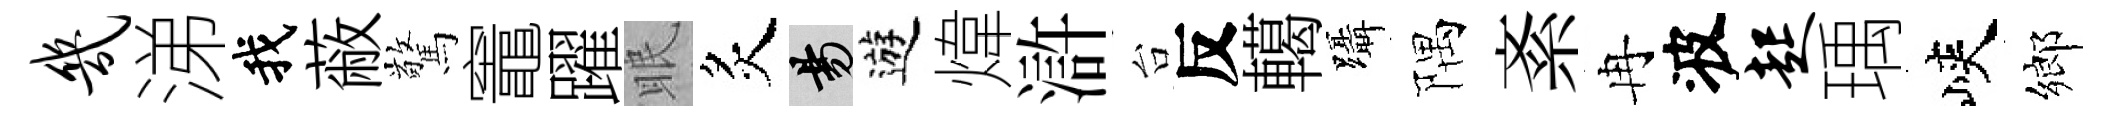
几涕我蔽驚竈躍眠炙昜遊煒滸台反轕躡隅紊冉波起瑀峽鄉